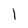
Character: 1